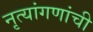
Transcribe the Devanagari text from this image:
नृत्यांगणांची